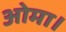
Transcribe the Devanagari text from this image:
ओमा।